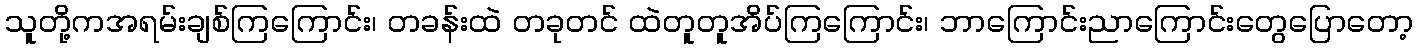
သူတို့ကအရမ်းချစ်ကြကြောင်း၊ တခန်းထဲ တခုတင် ထဲတူတူအိပ်ကြကြောင်း၊ ဘာကြောင်းညာကြောင်းတွေပြောတော့